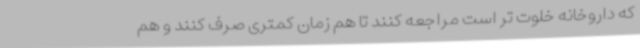
که داروخانه خلوت تر است مراجعه کنند تا هم زمان کمتری صرف کنند و هم